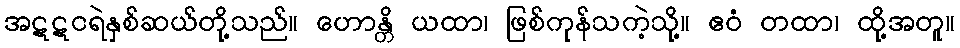
အဋဋငရဲနှစ်ဆယ်တို့သည်။ ဟောန္တိ ယထာ၊ ဖြစ်ကုန်သကဲ့သို့။ ဧဝံ တထာ၊ ထို့အတူ။